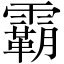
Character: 霸